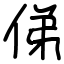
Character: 俤